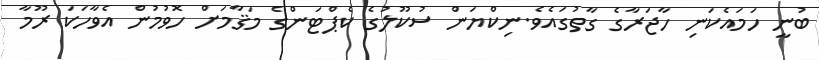
ބުނީ ހަމައެކަނި ހާޖަރާގެ ގާތުގައެވެ.ނިކްޔަން ސުކޫލުގެ ކެޕްޓަންގެ މަޤާމަށް ހޮވުމުން އެވާހަކަ ރޫމާ